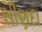
સીણદા